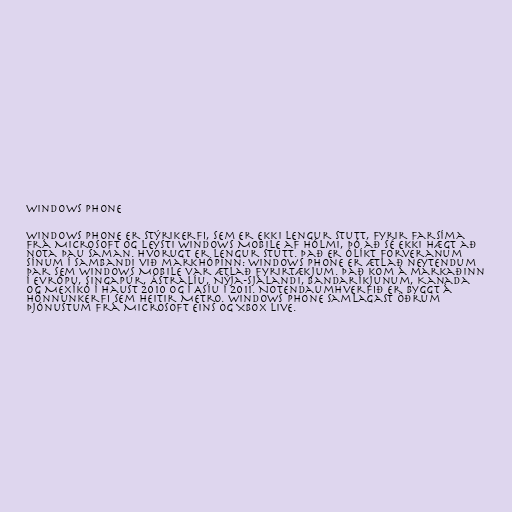
Windows Phone

Windows Phone er stýrikerfi, sem er ekki lengur stutt, fyrir farsíma
frá Microsoft og leysti Windows Mobile af hólmi, þó að sé ekki hægt að
nota þau saman. Hvorugt er lengur stutt. Það er ólíkt forveranum
sínum í sambandi við markhópinn: Windows Phone er ætlað neytendum
þar sem Windows Mobile var ætlað fyrirtækjum. Það kom á markaðinn
í Evrópu, Singapúr, Ástralíu, Nýja-Sjálandi, Bandaríkjunum, Kanada
og Mexíkó í haust 2010 og í Asíu í 2011. Notendaumhverfið er byggt á
hönnunkerfi sem heitir Metro. Windows Phone samlagast öðrum
þjónustum frá Microsoft eins og Xbox Live.